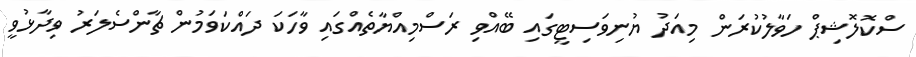
ސްކޮލޮޝިޕް ހަވާލުކުރަން މިއަދު ޔުނިވަސިޓީގައި ބޭއްވި ރަސްމިއްޔާތެއްގައި ވާހަކަ ދައްކަވަމުން ޗާންސެލަރު ވިދާޅުވީ